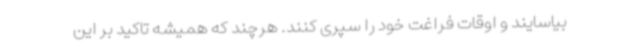
بیاسایند و اوقات فراغت خود را سپری کنند. هرچند که همیشه تاکید بر این